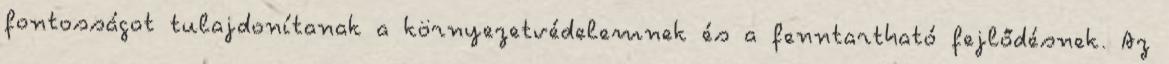
fontosságot tulajdonítanak a környezetvédelemnek és a fenntartható fejlődésnek. Az